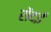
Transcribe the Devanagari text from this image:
सेंदई